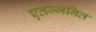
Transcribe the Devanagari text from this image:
एतज्जनित